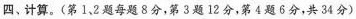
四、计算。(第1、2题每题8分，第3题12分，第4题6分，共34分)